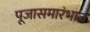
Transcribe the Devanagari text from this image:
पूजासमारंभात